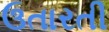
ઉતારતી